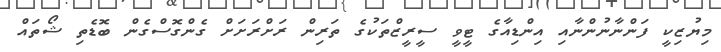
މިޔުޒިކީ ފަންނާނުންނާއި އިންޑިއާގެ ޓީވީ ސީރީޒްތަކުގެ ތަރިން ރަށްރަށަށް ގެންގޮސްގެން ބޮޑެތި ޝޯތައް